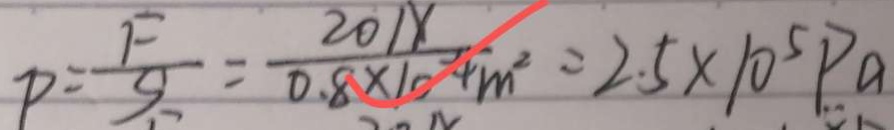
P = \frac { F } { S } = \frac { 2 0 1 x } { 0 . 8 \times 1 0 ^ { - 4 } m ^ { 2 } } = 2 . 5 \times 1 0 ^ { 5 } P a